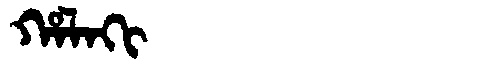
Manchu: ᡥᠠᠯᠠᡴᡳ
Romanization: HALAKI